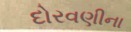
દોરવણીના